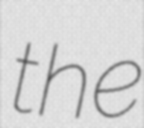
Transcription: the